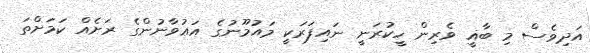
އަދިވެސް މި ބާޣީ ވެރިން ހީކުރަނީ ނައިފަރަކީ މައުމޫނުގެ އަޢުވާނުންގެ ރަށެއް ކަމަށްތަ